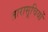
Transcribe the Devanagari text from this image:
तारासूचियों